Report of an investigation into the causes of malaria in Bombay and the measures necessary for its control
Disease focus: Malaria
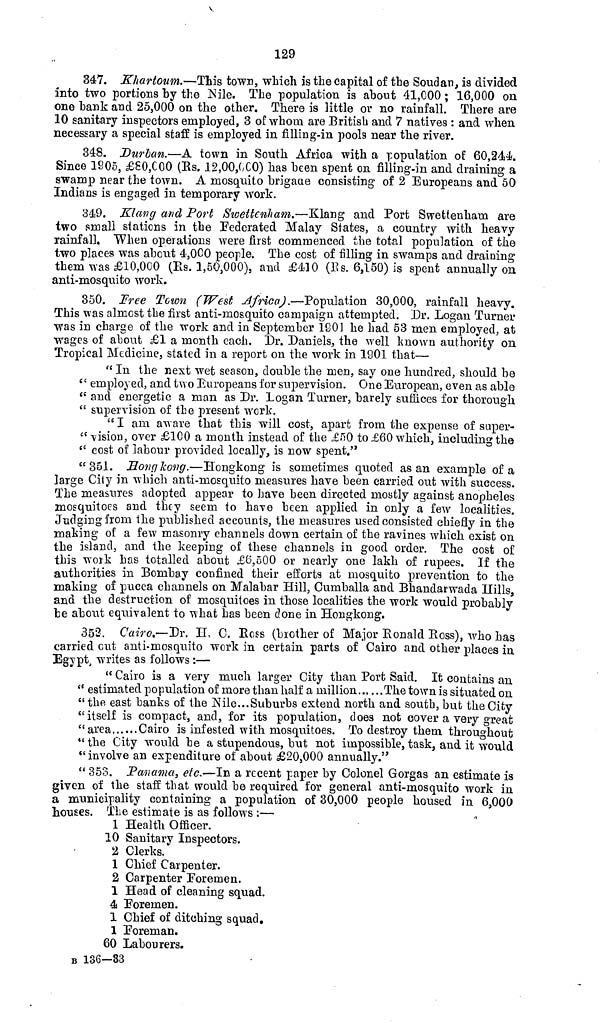
129
347. Khartoum.—This town, which is the capital of the Soudan, is divided
into two portions by the Nile. The population is about 41,000 ; 16,000 on
one bank and 25,000 on the other. There is little or no rainfall. There are
10 sanitary inspectors employed, 3 of whom are British and 7 natives : and when
necessary a special staff is employed in filling-in pools near the river.
348. Durban.—A town in South Africa with a population of 60,244.
Since 1905, £80,000 (Rs. 12,00,000) has been spent on filling-in and draining a
swamp near the town. A mosquito brigade consisting of 2 Europeans and 50
Indians is engaged in temporary work.
349. Klang and Port Swettenham.—Klang and Port Swettenham are
two small stations in the Federated Malay States, a country with heavy
rainfall. "When operations were first commenced the total population of the
two places was about 4,000 people. The cost of filling in swamps and draining
them was £10,000 (Rs. 1,50,000), and £410 (Rs. 6,150) is spent annually on
anti-mosquito work.
350. Free Town (West Africa).—Population 30,000, rainfall heavy.
This was almost the first anti-mosquito campaign attempted. Dr. Logan Turner
was in charge of the work and in September 1601 he had 53 men employed, at
wages of about £1 a month each. Dr. Daniels, the well known authority on
Tropical Medicine, stated in a report on the work in 1901 that—
" In the next wet season, double the men, say one hundred, should be
'' employed, and two Europeans for supervision. One European, even as able
" and energetic a man as Dr. Logan Turner, barely suffices for thorough
" supervision of the present work.
" I am aware that this will cost, apart from the expense of super-
" vision, over £100 a month instead of the £50 to £60 which, including the
"cost of labour provided locally, is now spent."
"351. Hong kong.—Hongkong is sometimes quoted as an example of a
large City in which anti-mosquito measures have been carried out with success.
The measures adopted appear to have been directed mostly against anopheles
mosquitoes and they seem to have been applied in only a few localities.
Judging from the published accounts, the measures used consisted chiefly in the
making of a few masonry channels down certain of the ravines which exist on
the island, and the keeping of these channels in good order. The cost of
this work has totalled about £6,500 or nearly one lakh of rupees. If the
authorities in Bombay confined their efforts at mosquito prevention to the
making of pucca channels on Malabar Hill, Cumballa and Bhandarwada Hills,
and the destruction of mosquitoes in those localities the work would probably
be about equivalent to what has been done in Hongkong.
352. Cairo.—Dr. H. C. Ross (brother of Major Ronald Boss), who has
carried cut anti-mosquito work in certain parts of Cairo and other places in
Egypt, writes as follows :—
" Cairo is a very much larger City than Port Said. It contains an
" estimated population of more than half a million
The town is situated on
"the east banks of the Nile... Suburbs extend north and south, but the City
"itself is compact, and, for its population, does not cover a very great
"area
Cairo is infested with mosquitoes. To destroy them throughout
" the City would he a stupendous, but not impossible, task, and it would
"involve an expenditure of about £20,000 annually."
" 353. Panama, etc.—In a recent paper by Colonel Gorgas an estimate is
given of the staff that would be required for general anti-mosquito work in
a municipality containing a population of 30,000 people housed in 6,000
houses. The estimate is as follows :—
1 Health Officer.
10 Sanitary Inspectors.
2 Clerks.
1 Chief Carpenter.
2 Carpenter Foremen.
1 Head of cleaning squad.
4 Foremen.
1 Chief of ditching squad.
1 Foreman.
60 Labourers,
B 136—83